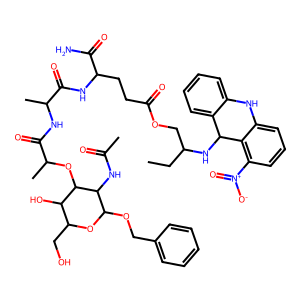
SMILES: CCC(COC(=O)CCC(NC(=O)C(C)NC(=O)C(C)OC1C(O)C(CO)OC(OCc2ccccc2)C1NC(C)=O)C(N)=O)NC1c2ccccc2Nc2cccc([N+](=O)[O-])c21
Inhibits HIV replication: No